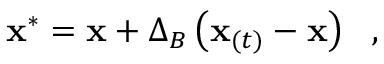
\mathbf { x } ^ { * } = \mathbf { x } + \Delta _ { B } \left( \mathbf { x } _ { ( t ) } - \mathbf { x } \right) \ \mathrm { ~ , ~ }